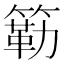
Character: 簕